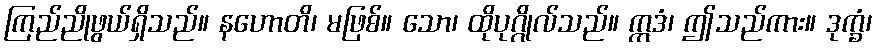
ကြည်ညိုဖွယ်ရှိသည်။ နဟောတိ၊ မဖြစ်။ သော၊ ထိုပုဂ္ဂိုလ်သည်။ ဣဒံ၊ ဤသည်ကား။ ဒုက္ခံ၊